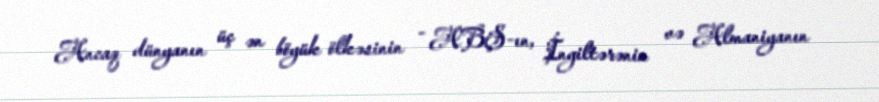
Ancaq dünyanın üç ən böyük ölkəsinin - ABŞ-ın, İngiltərənin və Almaniyanın